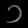
Digit: ၁